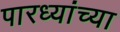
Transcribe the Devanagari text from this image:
पारध्यांच्या